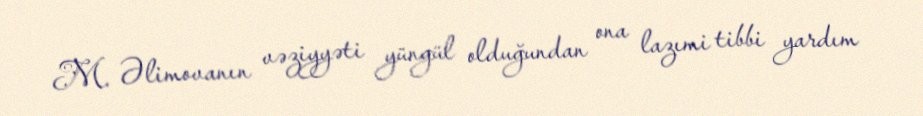
M. Əlimovanın vəziyyəti yüngül olduğundan ona lazımi tibbi yardım